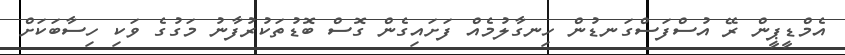
އެމްޑީޕީން ރޭ އުސްފަސްގަނޑުން ހިނގާލުމެއް ފަށައިގެން ގޮސް ބޮޑުތަކުރުފާނު މަގުގެ ވަކި ހިސާބަކަށް